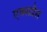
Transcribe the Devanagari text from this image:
एक्‍सप्रैस